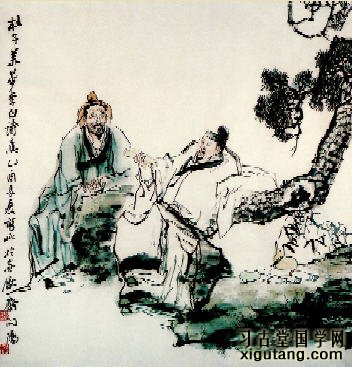
死别已吞声，生别常恻恻。